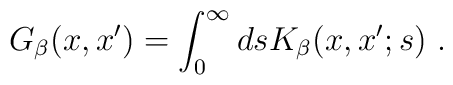
G_\beta(x,x')=\int_0^\infty ds K_\beta(x,x';s) \ .